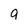
Character: 9